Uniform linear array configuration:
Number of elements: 24
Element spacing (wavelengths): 0.75
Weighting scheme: binomial
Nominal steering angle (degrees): -60
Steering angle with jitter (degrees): -58.555
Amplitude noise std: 0.05
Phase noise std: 0.05

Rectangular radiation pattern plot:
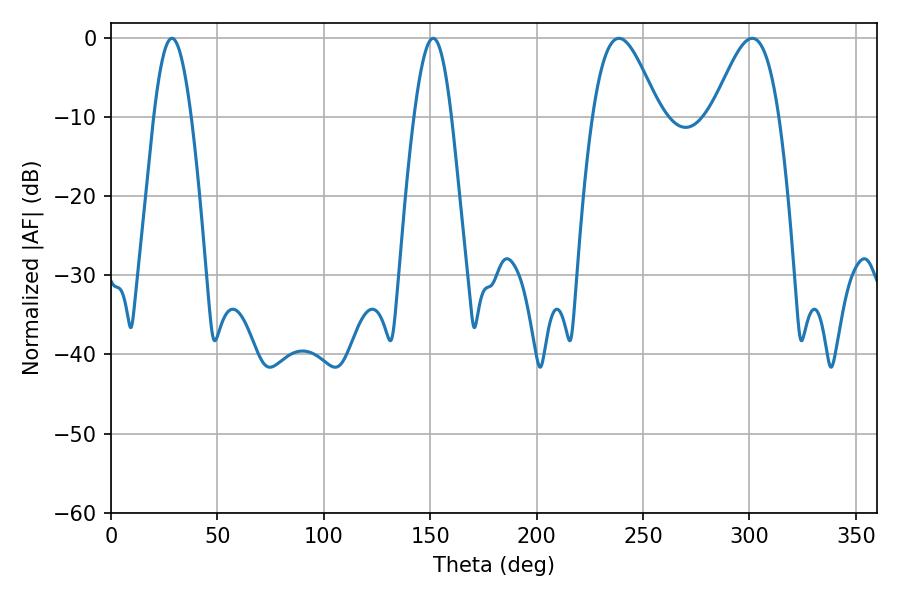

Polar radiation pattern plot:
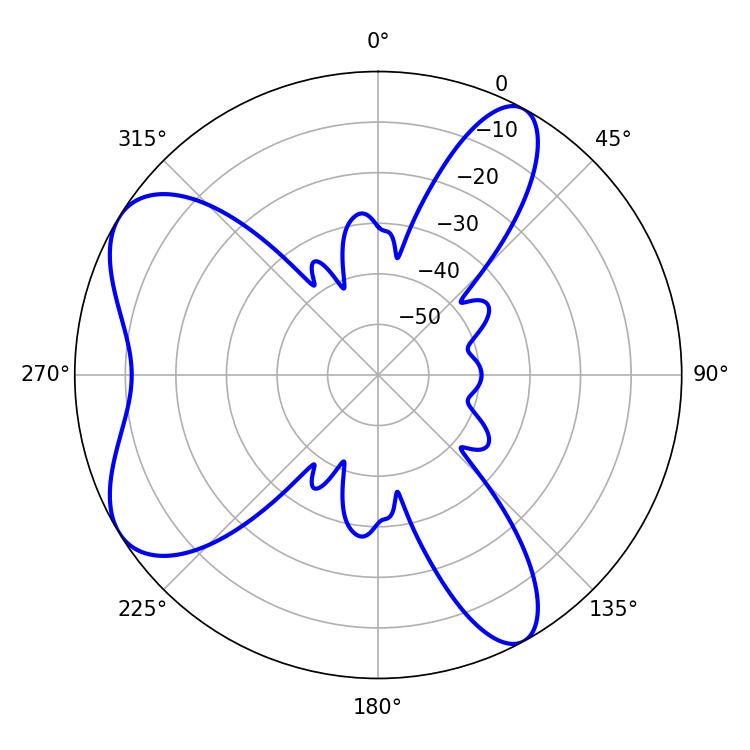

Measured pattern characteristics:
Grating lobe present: TRUE
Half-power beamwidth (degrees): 16.56
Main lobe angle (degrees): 238.68